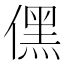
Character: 𠎁